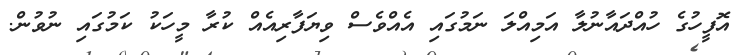
އޮފީހުގެ ހުއްދައާނުލާ އަމިއްލަ ނަމުގައި އެއްވެސް ވިޔަފާރިއެއް ކުރާ މީހަކު ކަމުގައި ނުވުން.